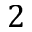
2